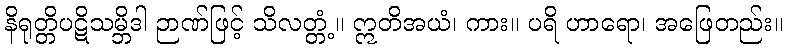
နိရုတ္တိပဋိသမ္ဘိဒါ ဉာဏ်ဖြင့် သိလတ္တံ့။ ဣတိအယံ၊ ကား။ ပရိ ဟာရော၊ အဖြေတည်း။